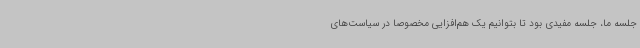
جلسه ما، جلسه مفیدی بود تا بتوانیم یک هم‌افزایی مخصوصا در سیاست‌های